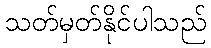
သတ်မှတ်နိုင်ပါသည်